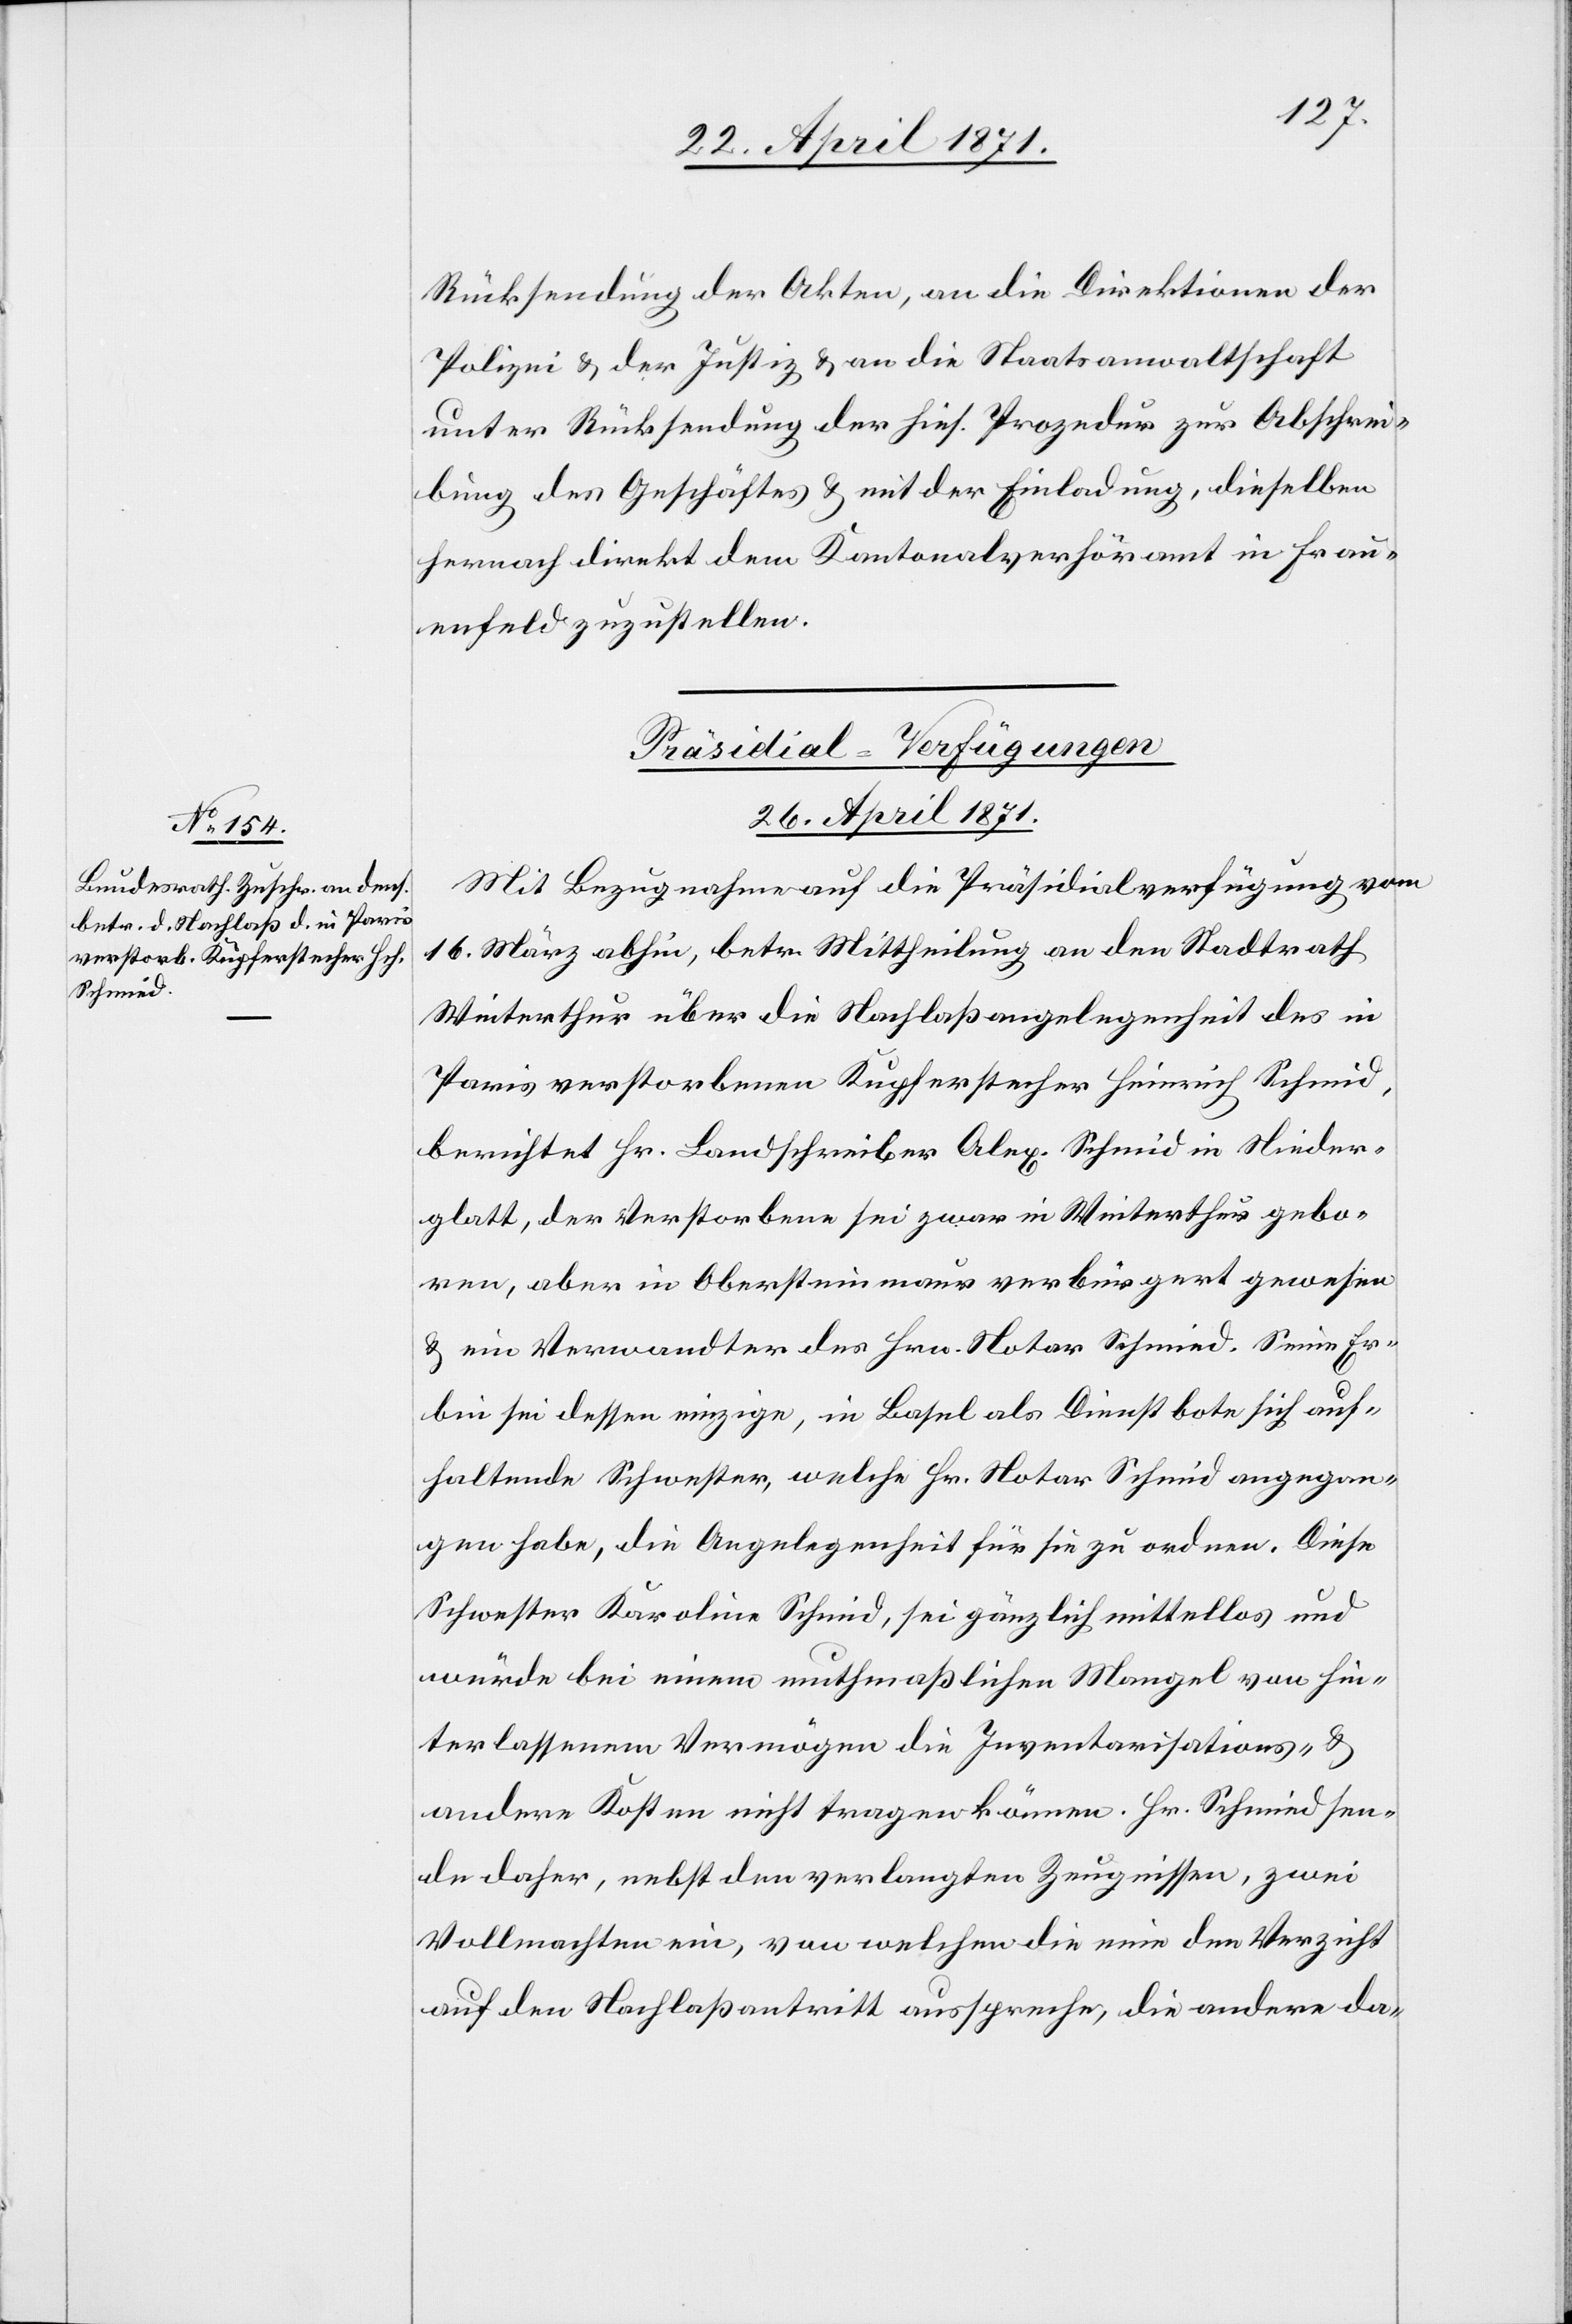
Rücksendung der Akten, an die Direktion der
Polizei u. der Justiz u. an die Staatsanwaltschaft
unter Rücksendung der hies. Prozedur zur Abschrei¬
bung des Geschäftes u. mit der Einladung, dieselben
hernach direkt dem Kantonalverhöramt in Frau¬
enfeld zuzustellen.
[Präsidial-Verfügungen
26. April 1871.]
Mit Bezugnahme auf die Präsidialverfügung vom
16. März abhin, betr. Mittheilung an den Stadtrath
Winterthur über die Nachlaßangelegenheit des in
Paris verstorbenen Kupferstecher Heinrich Schmid,
berichtet Hr. Landschreiber Alex. Schmid in Nieder¬
glatt, der Verstorbene sei zwar in Winterthur gebo¬
ren, aber in Obersteinmaur verbürgert gewesen
u. ein Verwandter des Hrn. Notar Schmied. Seine Er¬
bin sei dessen einzige, in Basel als Dienstbote sich auf¬
haltende Schwester, welche Hr. Notar Schmid angegan¬
gen habe, die Angelegenheit für sie zu ordnen. Diese
Schwester Karoline Schmid, sei gänzlich mittellos und
würde bei einem muthmaßlichen Mangel von hin¬
terlassenem Vermögen die Inventarisations- u.
andere Kosten nicht tragen können. Hr. Schmied sen¬
de daher, nebst den verlangten Zeugnissen, zwei
Vollmachten ein, von welchen die eine den Verzicht
auf den Nachlaßantritt ausspreche, die andere da-